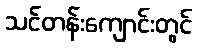
သင်တန်းကျောင်းတွင်